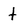
Character: t